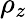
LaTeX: \rho_{z}